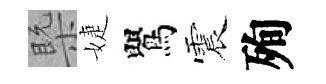
槩婕鸎震殉